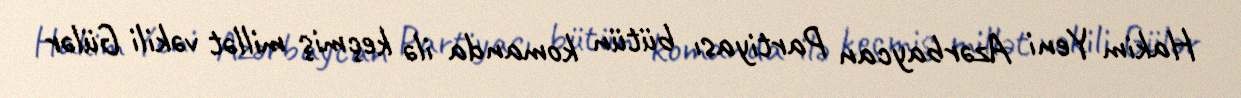
Hakim Yeni Azərbaycan Partiyası bütün komanda ilə keçmiş millət vəkili Gülər